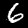
Digit: 6